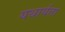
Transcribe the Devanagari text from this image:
यथार्यता